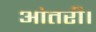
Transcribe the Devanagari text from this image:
आंतरी।